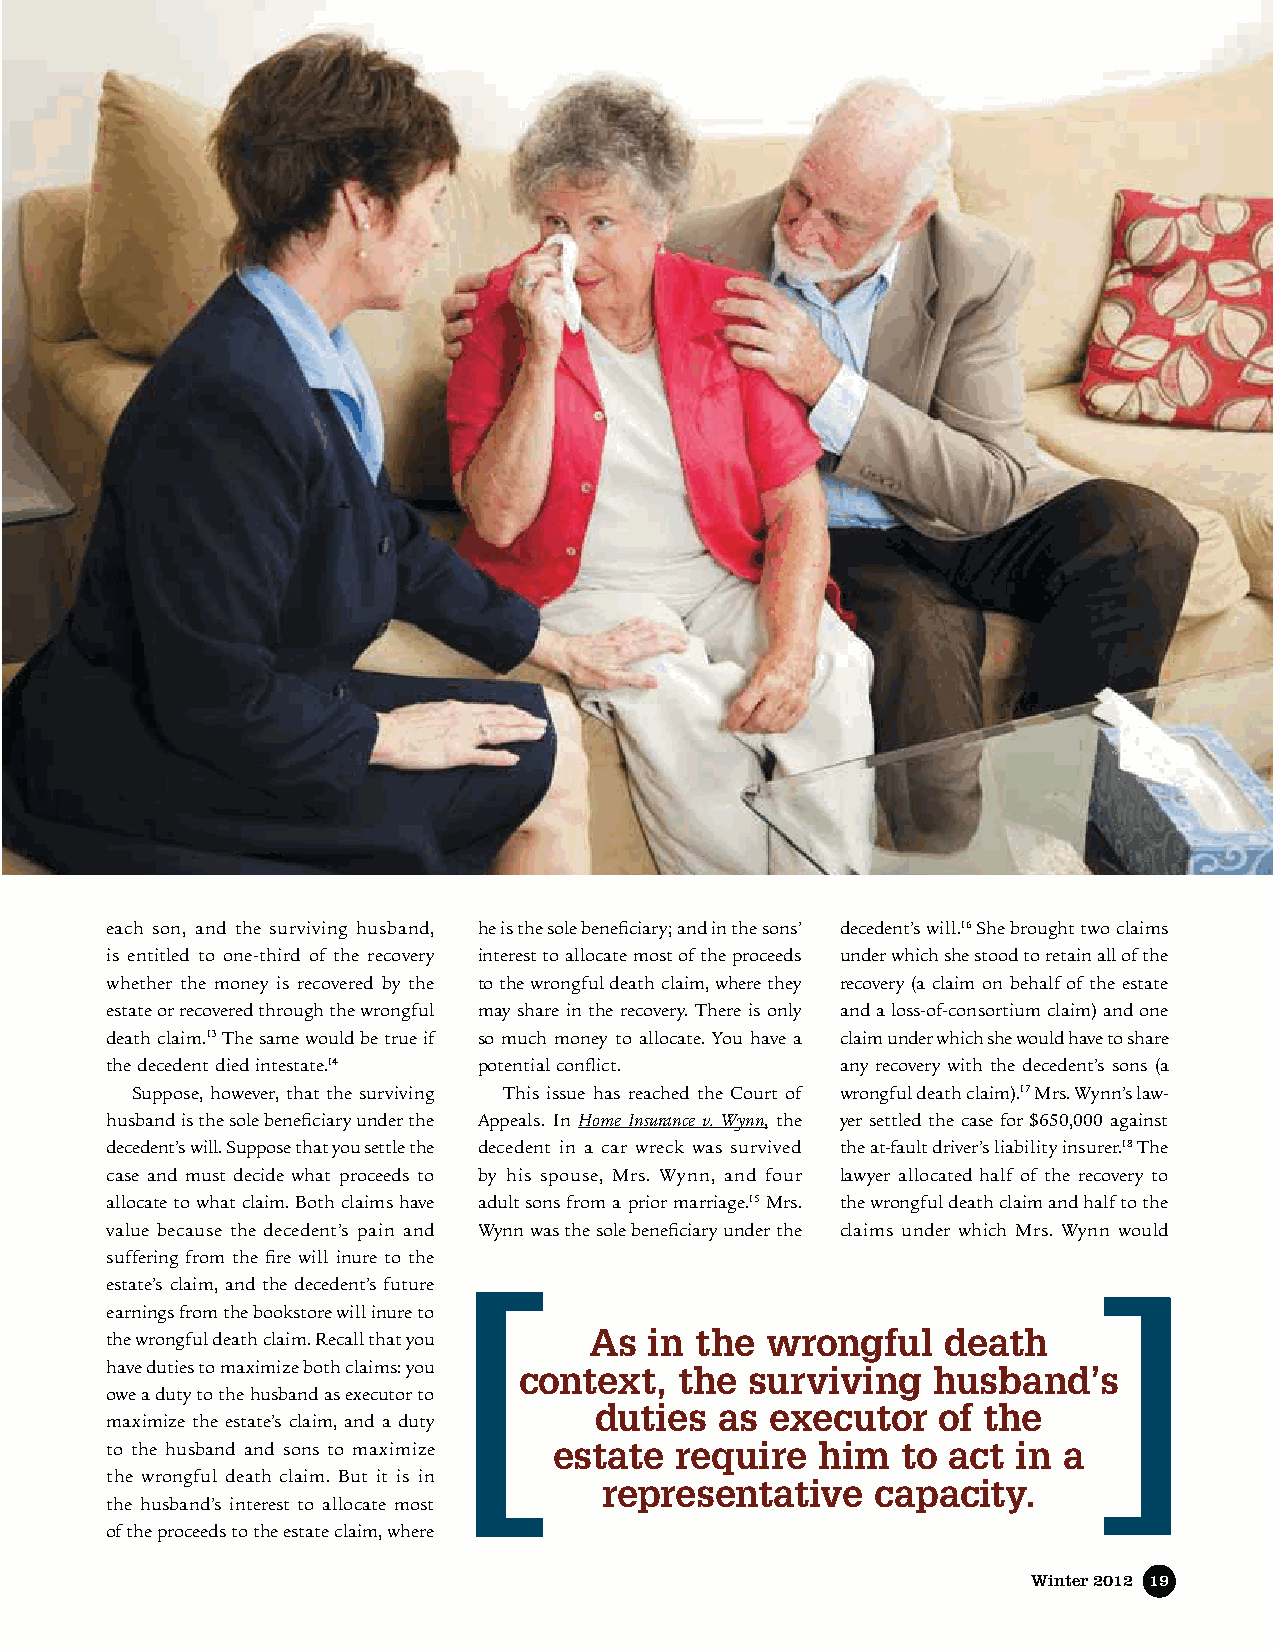
each son, and the surviving husband, he is the sole beneficiary; and in the sons’ decedent’s will.16 She brought two claims
 is entitled to one-third of the recovery interest to allocate most of the proceeds under which she stood to retain all of the
 whether the money is recovered by the to the wrongful death claim, where they recovery (a claim on behalf of the estate
 estate or recovered through the wrongful may share in the recovery. There is only and a loss-of-consortium claim) and one
 death claim.13 The same would be true if so much money to allocate. You have a claim under which she would have to share
 the decedent died intestate.14 potential conflict. any recovery with the decedent’s sons (a
 Suppose, however, that the surviving This issue has reached the Court of wrongful death claim).17 Mrs. Wynn’s law-
 husband is the sole beneficiary under the Appeals. In Home Insurance v. Wynn, the yer settled the case for $650,000 against
 decedent’s will. Suppose that you settle the decedent in a car wreck was survived the at-fault driver’s liability insurer.18 The
 case and must decide what proceeds to by his spouse, Mrs. Wynn, and four lawyer allocated half of the recovery to
 allocate to what claim. Both claims have adult sons from a prior marriage.15 Mrs. the wrongful death claim and half to the
 value because the decedent’s pain and Wynn was the sole beneficiary under the claims under which Mrs. Wynn would
 suffering from the fire will inure to the
 estate’s claim, and the decedent’s future
 earnings from the bookstore will inure to
 As  in the  wrongful    death
 the wrongful death claim. Recall that you
 have duties to maximize both claims: you context, the surviving husband’s
 owe a duty to the husband as executor to
 duties   as executor   of the
 maximize the estate’s claim, and a duty
 to the husband and sons to maximize estate require him to act in a
 the wrongful death claim. But it is in
 representative    capacity.
 the husband’s interest to allocate most
 of the proceeds to the estate claim, where
 Winter 2012 19